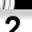
Digit: 2